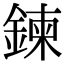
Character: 鍊